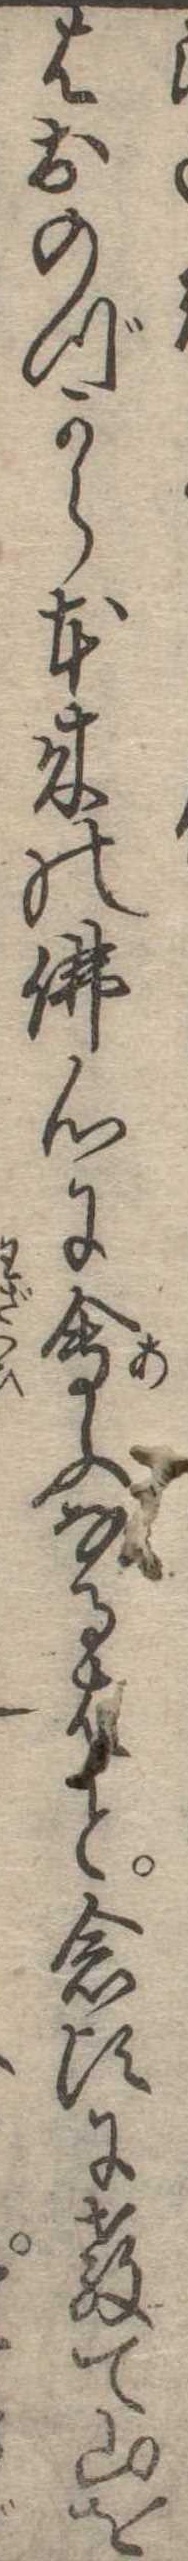
はおのずから本来の仏心に会ふなるはと念頃に教て山を